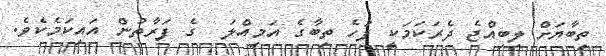
ތިބާޔަށް ލިބިއްޖެ ދެރަކަމަކީ ފަހެ ތިބާގެ އަމިއްލަ  ގެ ފަރާތުން އައިކަމެކެވެ.